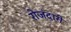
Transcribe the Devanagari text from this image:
रोजंदारी